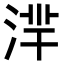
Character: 𣶿